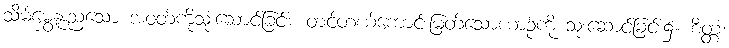
သိမ်မွှေ့နူးညံ့သော အဝတ်ကိုသုံးဆောင်ခြင်း၊ တင့်တယ်ကောင်းမြတ်သောယာဉ်ကို သုံးဆောင်ခြင်း၌။ စိတ္တံ၊